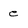
Character: e